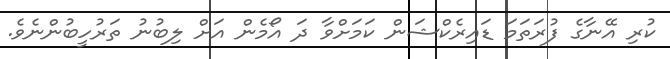
ކުރި އޭނާގެ ފުރަތަމަ ޑައިރެކްޝަން ކަމަށްވާ ދަ އޯމެން އަށް ލިބުނު ތަރުހީބުންނެވެ.